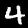
Digit: 4